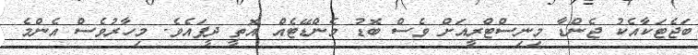
ބަޖެޓަކާއެކު ޖެންޑާ މިނިސްޓްރީއަށް ވެސް ބޮޑު މެންޑޭޓެއް އޮތީ ދީފައެވެ. މިހާރުވެސް އެންމެ